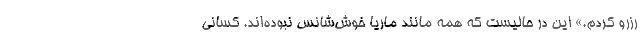
رزرو کردم.» این در حالیست که همه مانند ماریا خوش‌شانس نبوده‌اند. کسانی